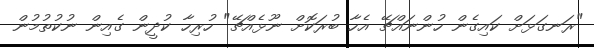
"ރަނގަޅަށް ކައިގެން ހުންނައްޗޭ އެހާ ބުރަކޮށް ނޫޅެއްޗޭ" ހުރިހާ ކުދީން ގެއިން ނުކުތުމުން